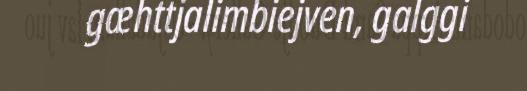
gæhttjalimbiejven, galggi